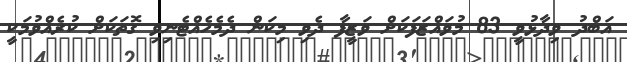
އަބްދު ވިދާޅުވީ 83 މުވައްޒަފަކަށް ވަޒީފާ ދެވި މިކަން ދެމެހެއްޓެނިވި ގޮތަކަށް ކުރެއްވުމަކީ